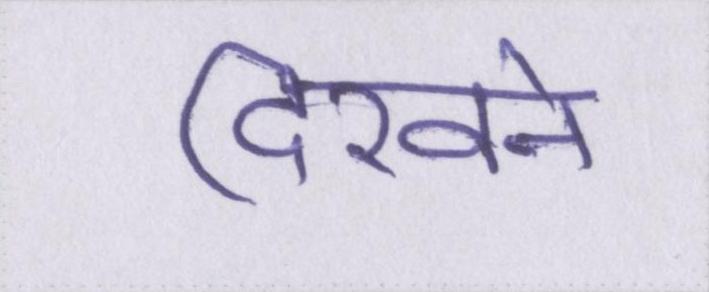
दिखने